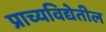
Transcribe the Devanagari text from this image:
प्राच्यविद्येतील